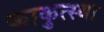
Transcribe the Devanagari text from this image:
काकुत्स्था